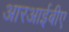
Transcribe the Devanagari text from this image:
आरआईबीए